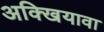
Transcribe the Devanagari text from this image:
अक्खियावा